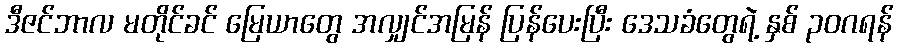
ဒီဇင်ဘာလ မတိုင်ခင် မြေယာတွေ အလျှင်အမြန် ပြန်ပေးပြီး ဒေသခံတွေရဲ့ နှစ် ၃၀ဂရန်